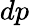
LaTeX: dp